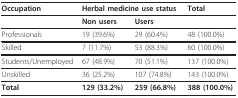
<table><thead><tr><td><b>Occupation</b></td><td colspan="2"><b>Herbal medicine use status</b></td><td><b>Total</b></td></tr></thead><tbody><tr><td></td><td><b>Non users</b></td><td><b>Users</b></td><td></td></tr><tr><td>Professionals</td><td>19 (39.6%)</td><td>29 (60.4%)</td><td>48 (100.0%)</td></tr><tr><td>Skilled</td><td>7 (11.7%)</td><td>53 (88.3%)</td><td>60 (100.0%)</td></tr><tr><td>Students/Unemployed</td><td>67 (48.9%)</td><td>70 (51.1%)</td><td>137 (100.0%)</td></tr><tr><td>Unskilled</td><td>36 (25.2%)</td><td>107 (74.8%)</td><td>143 (100.0%)</td></tr><tr><td><b>Total</b></td><td><b>129 (33.2%)</b></td><td><b>259 (66.8%)</b></td><td><b>388 (100.0%)</b></td></tr></tbody></table>